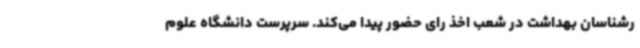
رشناسان بهداشت در شعب اخذ رای حضور پیدا می‌کند. سرپرست دانشگاه علوم